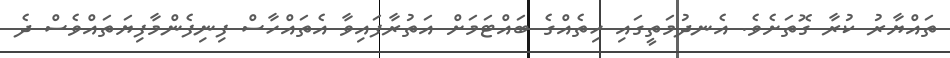
ތައްޔާރު ކުރާ ގޮތަށެވެ. އެނދުމަތީގައި ހިތެއްގެ ބައްޓަމަށް އަތުރާފައިވާ އެތައްހާސް ފިނިފެންމާފިޔަތައްވެސް ދެ